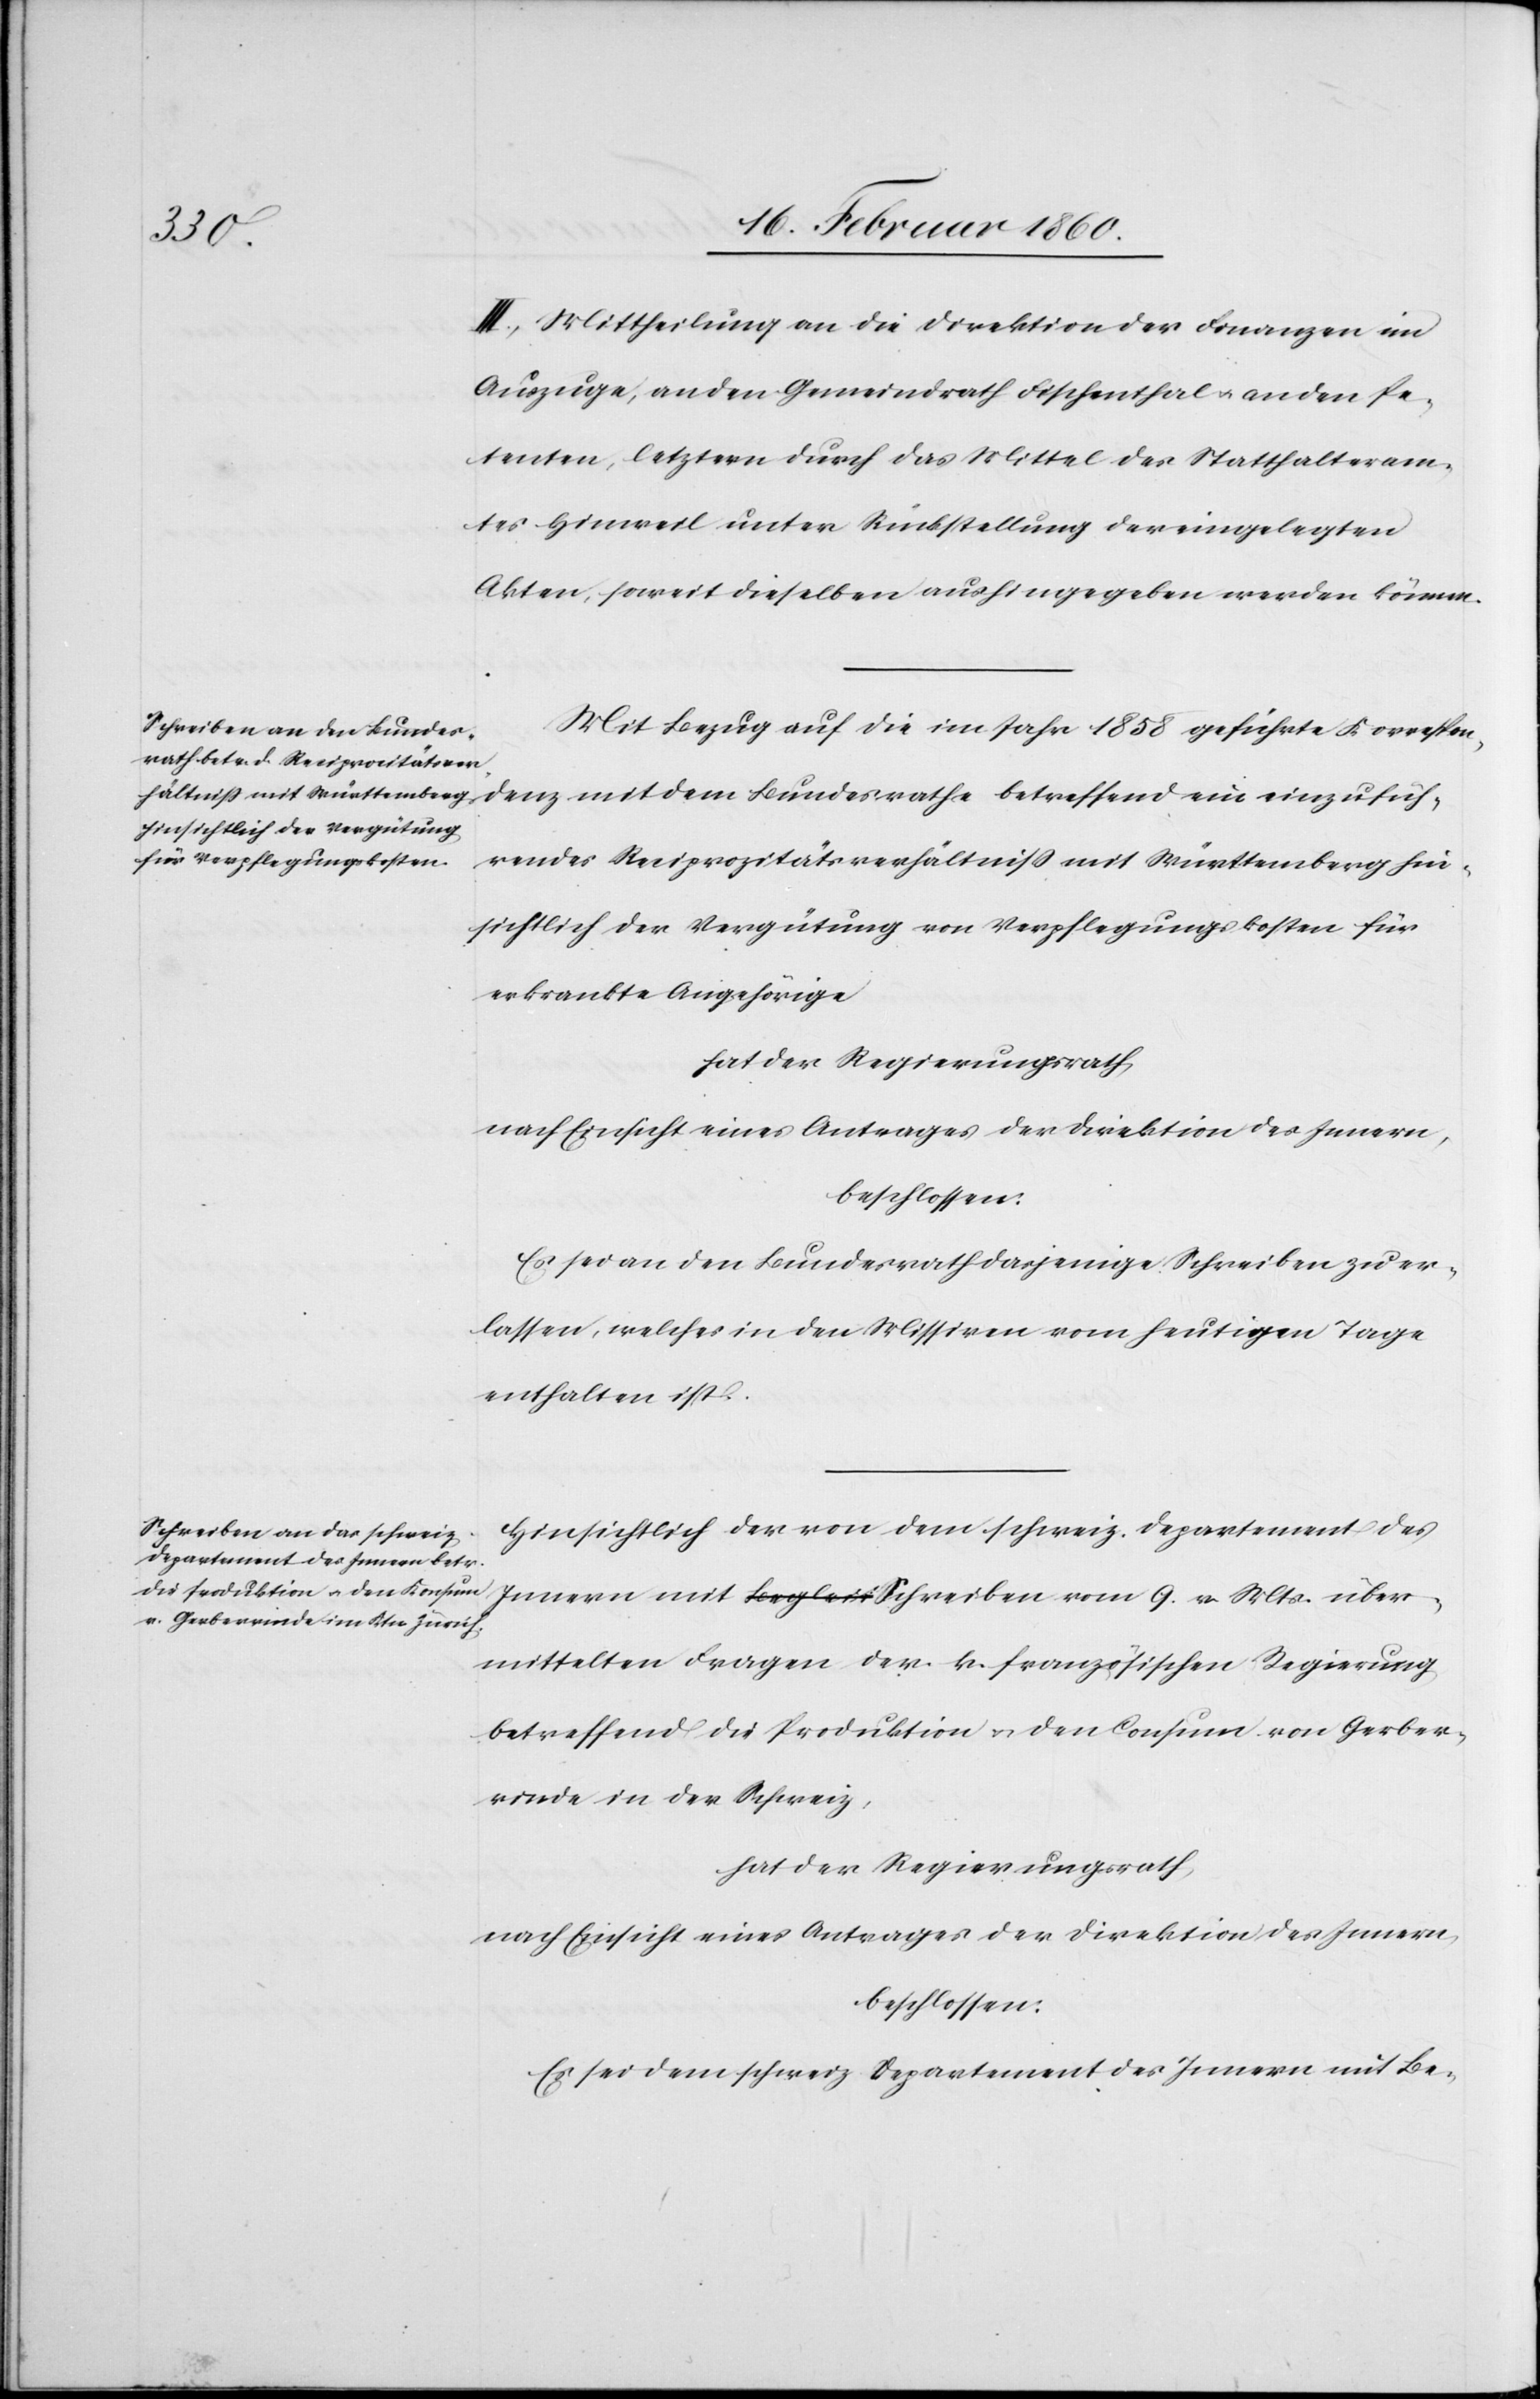
einzufüh¬
III. Mittheilung an die Direktion der Finanzen im
Auszuge, an den Gemeindrath Fischenthal u. an den Pe¬
tenten, letztern durch das Mittel des Statthalteram¬
tes Hinweil unter Rückstellung der eingelegten
Akten, sowie dieselben aushingegeben werden können.
Mit Bezug auf die im Jahr 1858 geführte Korrespon¬
rendes Reciprozitätsverhältniss mit Württemberg hin¬
sichtlich der Vergütung von Verpflegungskosten für
erkrankte Angehörige
hat der Regierungsrath,
nach Einsicht eines Antrages der Direktion des Innern,
beschlossen:
Es sei an den Bundesrath dasjenige Schreiben zu er¬
lassen, welches in den Missiven vom heutigen Tage
enthalten ist.
Hinsichtlich der von dem schweiz. Departement des
Innern mit Schreiben vom 9. v. Mts. über¬
mittelten Frage der k. französischen Regierung
betreffend die Produktion u. den Consum von Gerber¬
rinde in der Schweiz,
hat der Regierungsrath,
nach Einsicht eines Antrages der Direktion des Innern,
beschlossen:
Es sei dem schweiz. Departement des Innern mit Be-